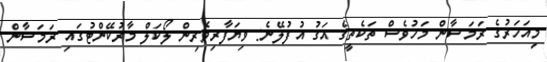
މިއަހަރުގެ ރަމަޟާން މަހުވެސް ތަކެތީގެ އަގު އުފުލޭނެ: ވިޔަފާރިވެރިން ލޯކަލް މާރުކޭންޓުގައި ރަމަޟާން